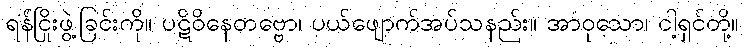
ရန်ငြိုးဖွဲ့ခြင်းကို။ ပဋိဝိနေတဗ္ဗော၊ ပယ်ဖျောက်အပ်သနည်း။ အာဝုသော၊ ငါ့ရှင်တို့။